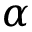
\alpha